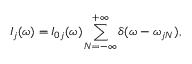
I _ { j } ( \omega ) = { I } _ { 0 j } ( \omega ) \sum _ { N = - \infty } ^ { + \infty } \delta ( \omega - \omega _ { j N } ) ,